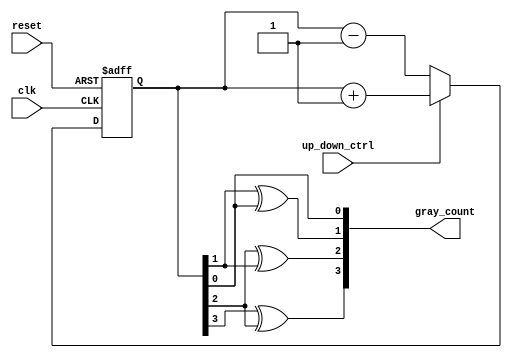
module UpDownGrayCounter(
    input wire clk,
    input wire reset,
    input wire up_down_ctrl,
    output reg [3:0] gray_count
);

reg [3:0] count;

always @(posedge clk or posedge reset) begin
    if (reset) begin
        count <= 4'b0000;
    end else begin
        if (up_down_ctrl) begin
            count <= count + 1;
        end else begin
            count <= count - 1;
        end
    end
end

assign gray_count = {count[3] ^ count[2], count[2] ^ count[1], count[1] ^ count[0], count[0]};

endmodule